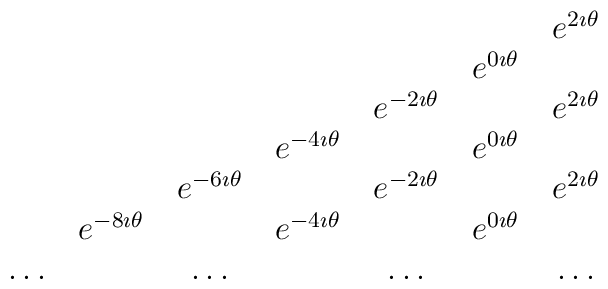
\matrix{&&&&&&e^{2\imath\theta}\cr         &&&&&e^{0\imath\theta}&\cr         &&&&e^{-2\imath\theta}&&e^{2\imath\theta}\cr         &&&e^{-4\imath\theta}&&e^{0\imath\theta}&\cr         &&e^{-6\imath\theta}&&e^{-2\imath\theta}&&e^{2\imath\theta}\cr         &e^{-8\imath\theta}&&e^{-4\imath\theta}&&e^{0\imath\theta}\cr         \ldots&&\ldots&&\ldots&&\ldots}